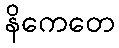
နိကေတေ